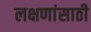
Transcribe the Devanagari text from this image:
लक्षणांसाठी